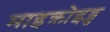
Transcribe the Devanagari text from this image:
माइक्रोइड्स